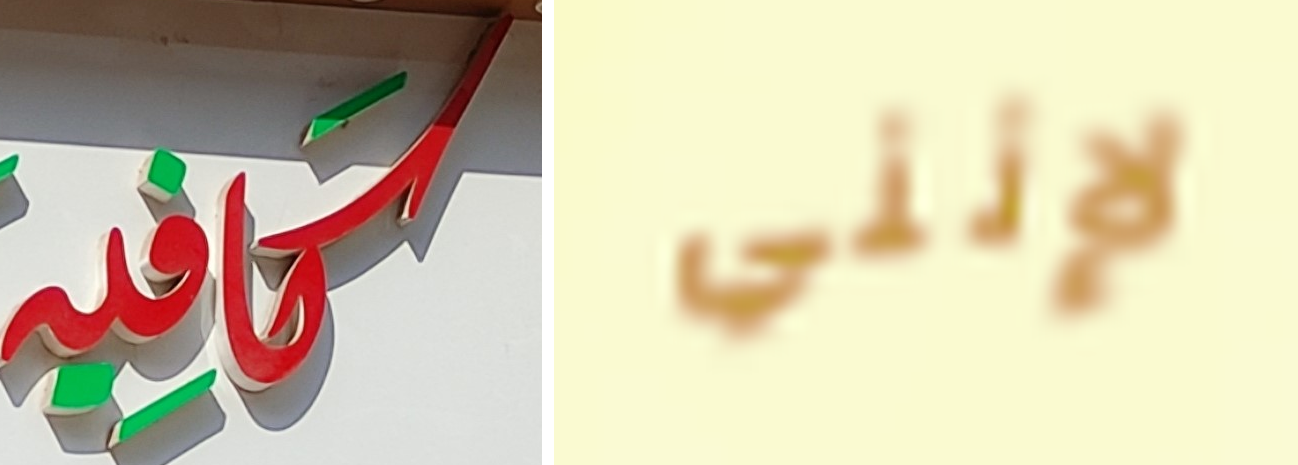
كافيه لإنني